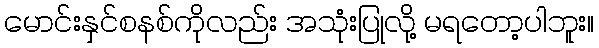
မောင်းနှင်စနစ်ကိုလည်း အသုံးပြုလို့ မရတော့ပါဘူး။